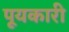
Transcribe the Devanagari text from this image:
पूयकारी